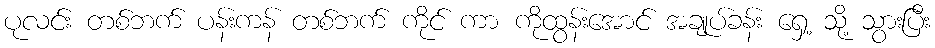
ပုလင်း တစ်ဘက် ပန်းကန် တစ်ဘက် ကိုင် ကာ ကိုထွန်းအောင် အချုပ်ခန်း ရှေ့ သို့ သွားပြီး